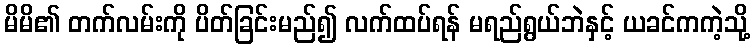
မိမိ၏ တက်လမ်းကို ပိတ်ခြင်းမည်၍ လက်ထပ်ရန် မရည်ရွယ်ဘဲနှင့် ယခင်ကကဲ့သို့